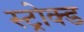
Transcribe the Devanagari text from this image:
स्ट्रोक्ड